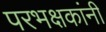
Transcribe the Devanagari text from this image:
परभक्षकांनी